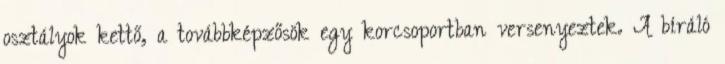
osztályok kettő, a továbbképzősök egy korcsoportban versenyeztek. A bíráló